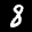
Label: 8